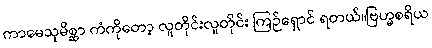
ကာမေသုမိစ္ဆာ ကံကိုတော့ လူတိုင်းလူတိုင်း ကြဉ်ရှောင် ရတယ်။ဗြဟ္မစရိယ